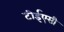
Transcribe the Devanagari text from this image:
टीईएसी